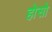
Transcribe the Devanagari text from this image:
होसो